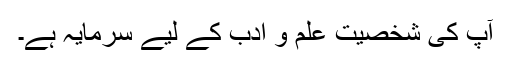
آپ کی شخصیت علم و ادب کے لیے سرمایہ ہے۔